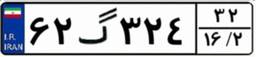
۶۲گ۳۲۴۳۲